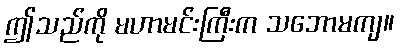
ဤသည်ကို မဟာမင်းကြီးက သဘောမကျ။